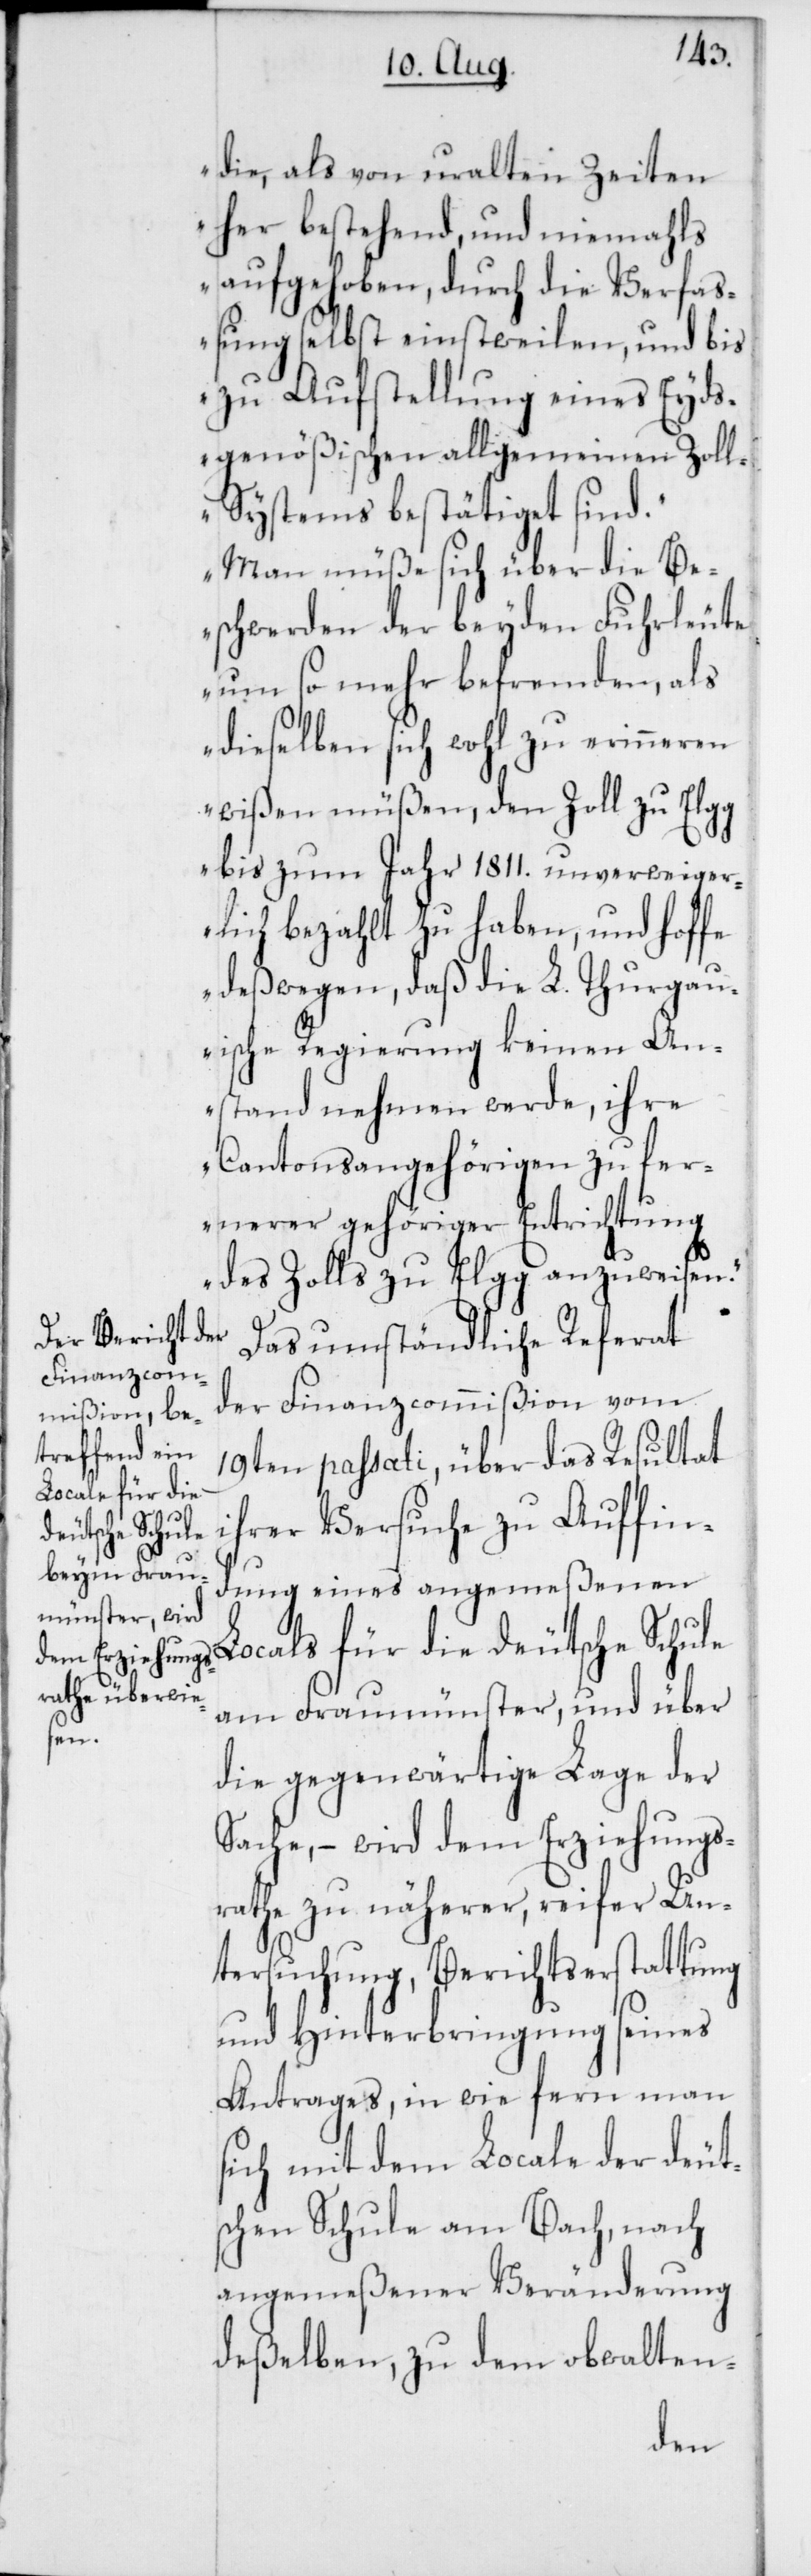
die, als von uralten Zeiten
her bestehend, und niemahls
aufgehoben, durch die Verfa¬
ßung selbst einstweilen, und bis
zu Aufstellung eines Eyds¬
genößischen allgemeinen Zol¬
l-Systems bestätiget sind.
Man müße sich über die Be¬
schwerden der beyden Fuhrleute
um so mehr befremden, als
dieselben sich wohl zu erinneren
wißen müßen, den Zoll zu
bis zum Jahr 1811. unverweiger¬
lich bezahlt zu haben, und hoffe
deßwegen, daß die L. Thurgau¬
ische Regierung keinen An¬
stand nehmen werde, ihre
Cantonsangehörigen zu fer¬
nerer gehöriger Entrichtung
des Zolls zu Elgg anzuweisen.“
Das umständliche Referat
der Finanzcommißion vom
19ten passati, über das Resultat
Locals für die
ihrer Versuche zu Auffin¬
utsche Schule
dung eines angemeßenen
am Fraumünster, und über
die gegenwärtige Lage der
Sache, – wird dem Erziehungs¬
rathe zu näherer, reifer Un¬
tersuchung, Berichtserstattung
und Hinterbringung seines
Antrages, in wie fern man
sich mit dem Locale der deut¬
schen Schule am Bach, nach
angemeßener Veränderung
deßelben, zu dem obwalten-
de¬